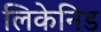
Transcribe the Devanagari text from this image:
लिकेनिड